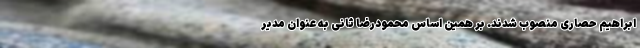
ابراهیم حصاری منصوب شدند. بر همین اساس محمودرضا ثانی به عنوان مدیر